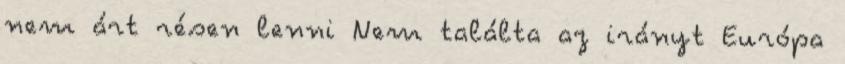
nem árt résen lenni Nem találta az irányt Európa